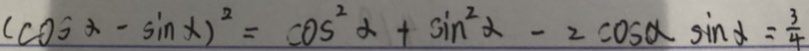
( \cos \alpha - \sin \alpha ) ^ { 2 } = \cos ^ { 2 } \alpha + \sin ^ { 2 } \alpha - 2 \cos \alpha \sin \alpha = \frac { 3 } { 4 }